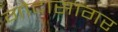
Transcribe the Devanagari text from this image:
गोदासागर